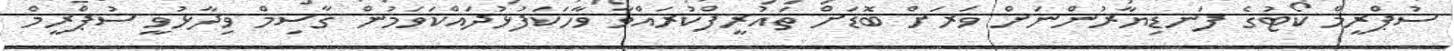
ސުޕްރީމް ކޯޓުގެ ފަނޑިޔާރުންނަށް ވަރަށް ބޮޑަށް ތައުރީފްކުރައްވާ ވާހަކަފުޅުދައްކަވަމުން ޤާސިމް ވިދާޅުވީ ސުޕްރީމް